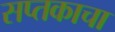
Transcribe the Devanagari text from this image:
सप्तकाचा